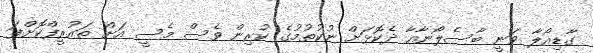
ގާޑިއޯލާ ވަނީ ބާސެލޯނާއާ ދެކޮޅަށް ނުކުތުމުގެ ކުރިން ވެސް މެސީ އަށް ތައުރީފްކޮށްފަ